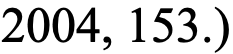
2004, 153.)